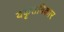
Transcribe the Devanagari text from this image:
यकृतविकार